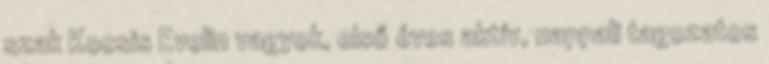
szak Kocsis Evelin vagyok, első éves aktív, nappali tagozatos